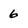
Character: 6